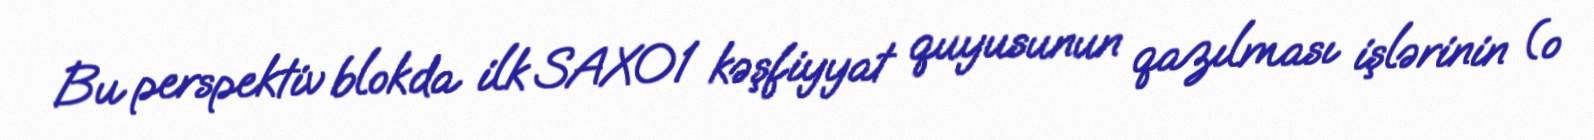
Bu perspektiv blokda ilk SAX01 kəşfiyyat quyusunun qazılması işlərinin (o